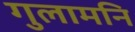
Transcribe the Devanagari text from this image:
गुलामनि